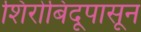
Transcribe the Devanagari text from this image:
शिरोबिंदूपासून